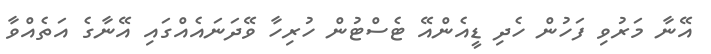
އޭނާ މަރުވި ފަހުން ހެދި ޑީއެންއޭ ޓެސްޓުން ހުރިހާ ވޭދަނައެއްގައި އޭނާގެ އަތެއްވާ